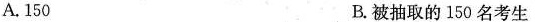
A. 150 B. 被抽取的 150 名考生